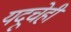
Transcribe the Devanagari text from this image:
यदूचेही